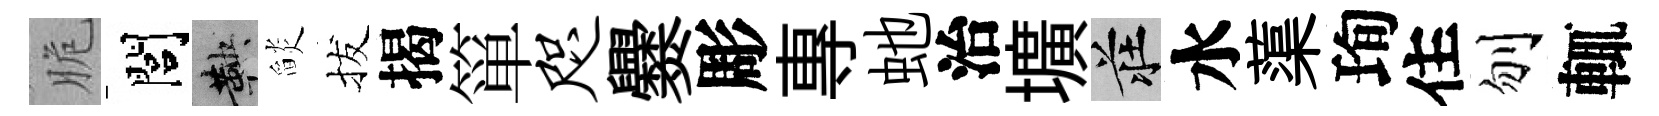
脆閭鞅𦦨拔揭箪咫爨彫專虵治壙莊水蕖珣住刎輒